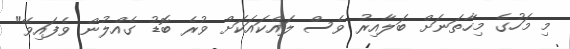
މި މަހުގެ މިހާތަނަށް ބަލާއިރު ވެސް ލައްކައަކަށް ވުރެ ބޮޑު ގެއްލުން ވެފައިވޭ"